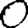
Digit: 0